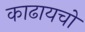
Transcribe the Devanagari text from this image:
काढायचो